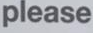
please